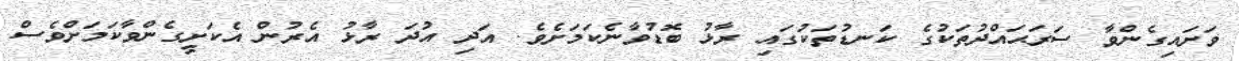
ވަށައިގެންވާ ސަރަޙައްދުތަކުގެ ކަނޑުތަކުގައި ރާޅު ބޮޑުވާނެކަމަށެވެ. އަދި އުދަ ރާޅު އެރުން އެކަށީގެންވާކަމަށްވެސް